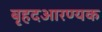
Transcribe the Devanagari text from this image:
बृहदआरण्यक